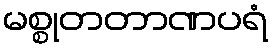
မစ္စုတတာဏပရံ